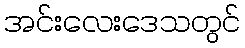
အင်းလေးဒေသတွင်